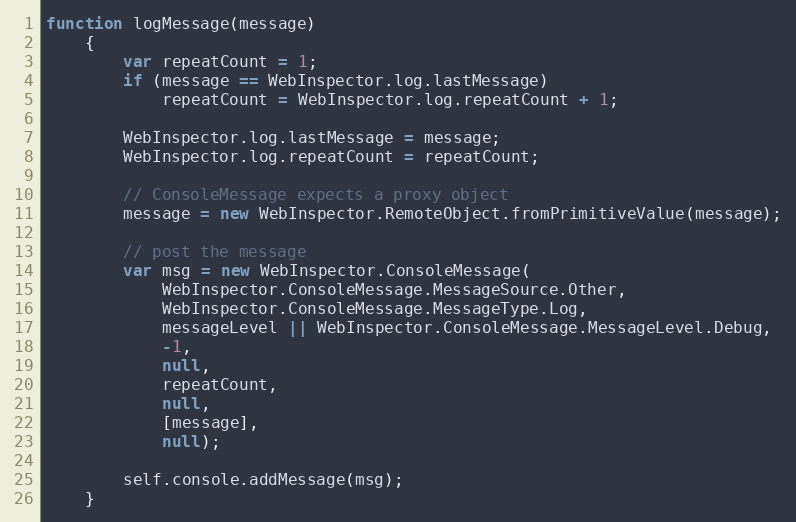
Language: JavaScript
function logMessage(message)
    {
        var repeatCount = 1;
        if (message == WebInspector.log.lastMessage)
            repeatCount = WebInspector.log.repeatCount + 1;

        WebInspector.log.lastMessage = message;
        WebInspector.log.repeatCount = repeatCount;

        // ConsoleMessage expects a proxy object
        message = new WebInspector.RemoteObject.fromPrimitiveValue(message);

        // post the message
        var msg = new WebInspector.ConsoleMessage(
            WebInspector.ConsoleMessage.MessageSource.Other,
            WebInspector.ConsoleMessage.MessageType.Log,
            messageLevel || WebInspector.ConsoleMessage.MessageLevel.Debug,
            -1,
            null,
            repeatCount,
            null,
            [message],
            null);

        self.console.addMessage(msg);
    }